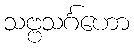
သဗ္ဗသင်္ဂဟော